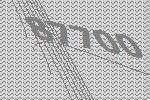
87700